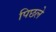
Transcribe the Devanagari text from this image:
पिछले